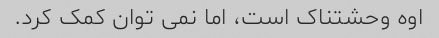
اوه وحشتناک است، اما نمی توان کمک کرد.